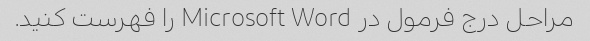
مراحل درج فرمول در Microsoft Word را فهرست کنید.